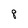
Character: 8